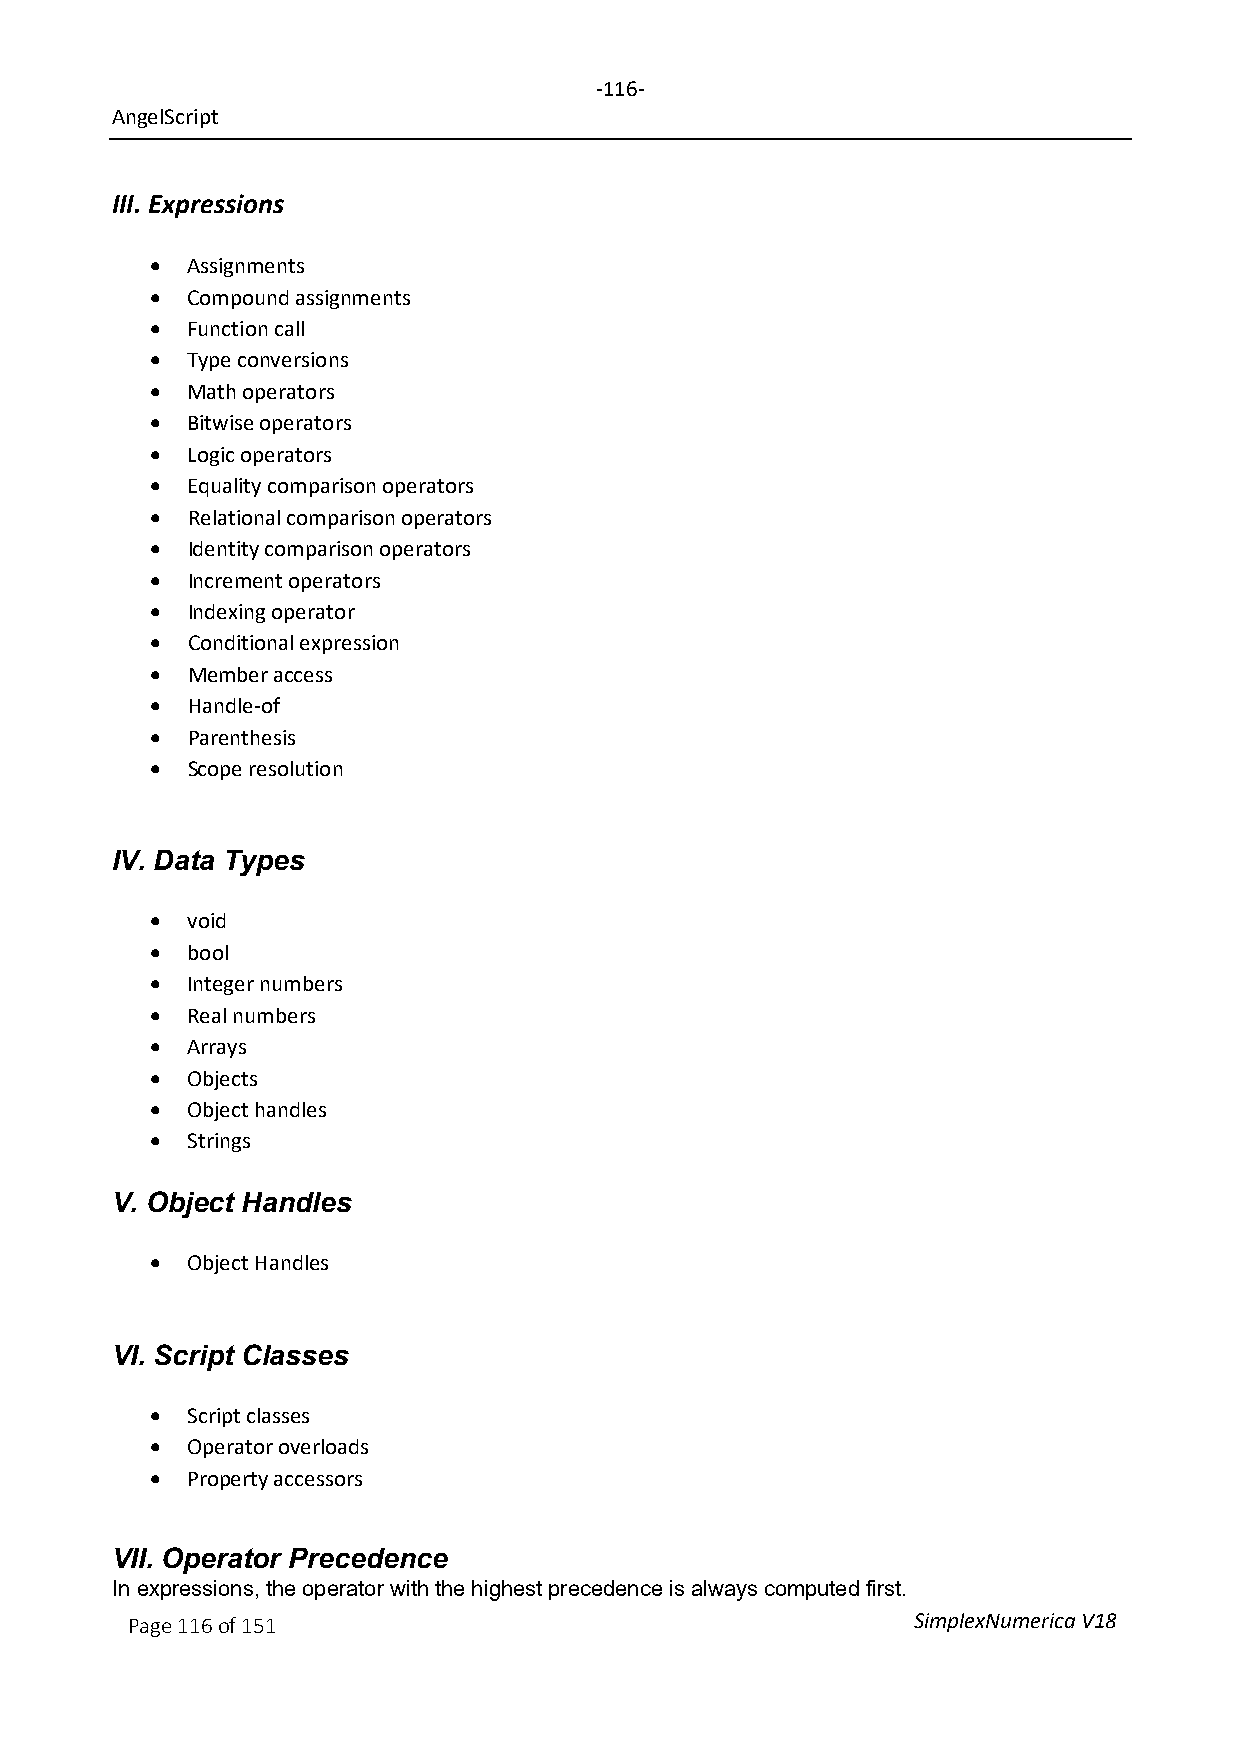
-116-
 AngelScript
 III. Expressions
 • Assignments
 • Compound assignments
 • Function call
 • Type conversions
 • Math operators
 • Bitwise operators
 • Logic operators
 • Equality comparison operators
 • Relational comparison operators
 • Identity comparison operators
 • Increment operators
 • Indexing operator
 • Conditional expression
 • Member access
 • Handle-of
 • Parenthesis
 • Scope resolution
 IV. Data Types
 • void
 • bool
 • Integer numbers
 • Real numbers
 • Arrays
 • Objects
 • Object handles
 • Strings
 V. Object Handles
 • Object Handles
 VI. Script Classes
 • Script classes
 • Operator overloads
 • Property accessors
 VII. Operator Precedence
 In expressions, the operator with the highest precedence is always computed first.
 Page 116 of 151                                     SimplexNumerica V18